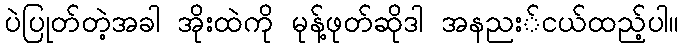
ပဲပြုတ်တဲ့အခါ အိုးထဲကို မုန့်ဖုတ်ဆိုဒါ အနညး်ငယ်ထည့်ပါ။